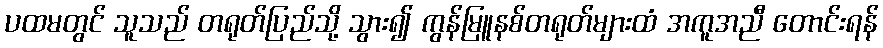
ပထမတွင် သူသည် တရုတ်ပြည်သို့ သွား၍ ကွန်မြူနစ်တရုတ်များထံ အကူအညီ တောင်းရန်